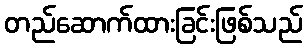
တည်ဆောက်ထားခြင်းဖြစ်သည်